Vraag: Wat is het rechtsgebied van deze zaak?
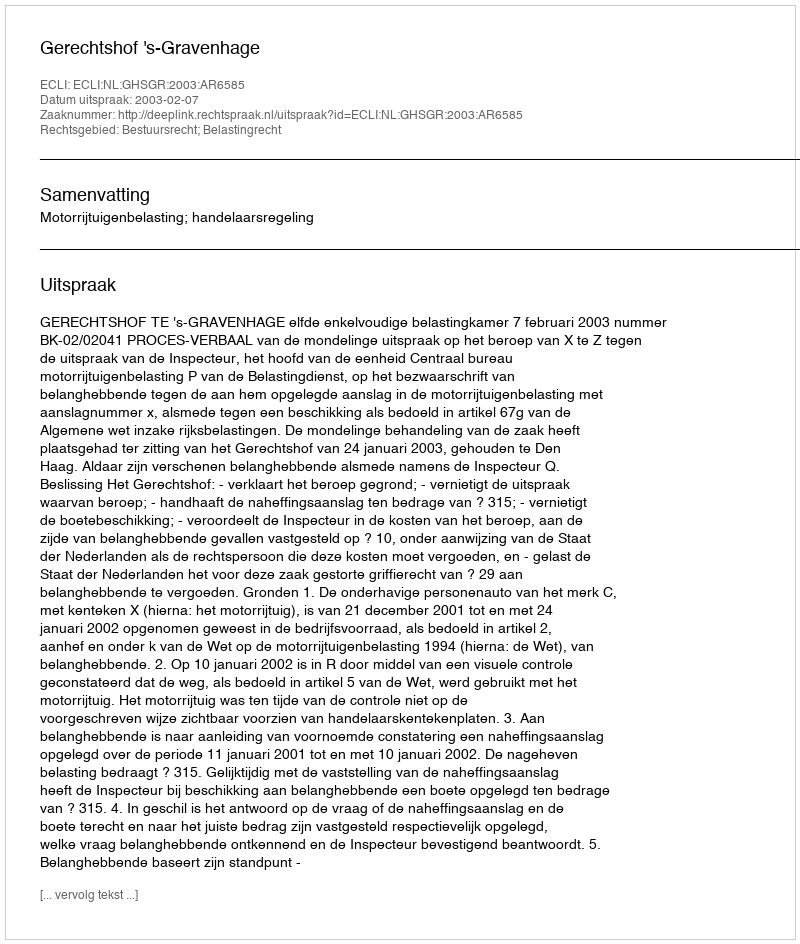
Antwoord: Bestuursrecht; Belastingrecht